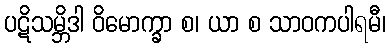
ပဋိသမ္ဘိဒါ ဝိမောက္ခာ စ၊ ယာ စ သာဝကပါရမီ၊